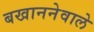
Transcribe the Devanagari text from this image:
बखाननेवाले